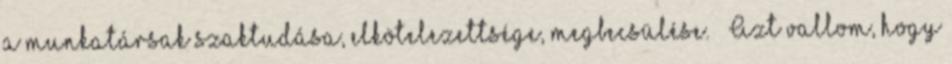
a munkatársak szaktudása, elkötelezettsége, megbecsülése. — Azt vallom, hogy